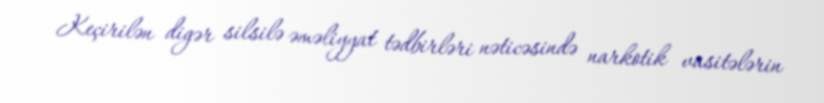
Keçirilən digər silsilə əməliyyat tədbirləri nəticəsində narkotik vasitələrin